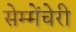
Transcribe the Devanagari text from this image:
सेम्मेंचेरी